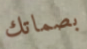
بصماتك